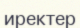
иректер